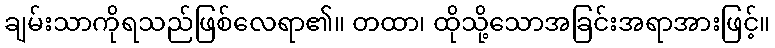
ချမ်းသာကိုရသည်ဖြစ်လေရာ၏။ တထာ၊ ထိုသို့သောအခြင်းအရာအားဖြင့်။